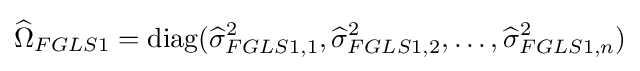
{\widehat {\Omega }}_{FGLS1}=\operatorname {diag} ({\widehat {\sigma }}_{FGLS1,1}^{2},{\widehat {\sigma }}_{FGLS1,2}^{2},\dots ,{\widehat {\sigma }}_{FGLS1,n}^{2})